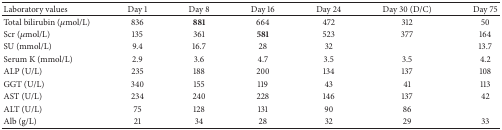
| Laboratory values | Day 1 | Day 8 | Day 16 | Day 24 | Day 30 (D/C) | Day 75 |
 | --- | --- | --- | --- | --- | --- | --- |
 | Total bilirubin (μmol/L) | 836 | 881 | 664 | 472 | 312 | 50 |
 | Scr (μmol/L) | 135 | 361 | 581 | 523 | 377 | 164 |
 | SU (mmol/L) | 9.4 | 16.7 | 28 | 32 |  | 13.7 |
 | Serum K (mmol/L) | 2.9 | 3.6 | 4.7 | 3.5 | 3.5 | 4.2 |
 | ALP (U/L) | 235 | 188 | 200 | 134 | 137 | 108 |
 | GGT (U/L) | 340 | 155 | 119 | 43 | 41 | 113 |
 | AST (U/L) | 234 | 240 | 228 | 146 | 137 | 42 |
 | ALT (U/L) | 75 | 128 | 131 | 90 | 86 |  |
 | Alb (g/L) | 21 | 34 | 28 | 32 | 29 | 33 |